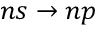
n s \rightarrow n p